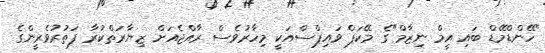
"ހޭންޑްމޭޑް ބައި އީމް ނިޒާމް"ގެ މޭކަޕް ވައިޕްސްއަކީ މިހާރުވެސް ރާއްޖެއަށް ޒިޔާރަތްކުރާ ފަތުރުވެރީންގެ